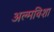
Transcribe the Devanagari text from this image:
अल्मविशा